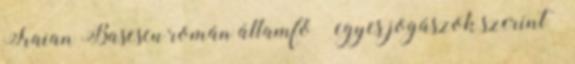
Traian Basescu román államfő – egyes jogászok szerint –